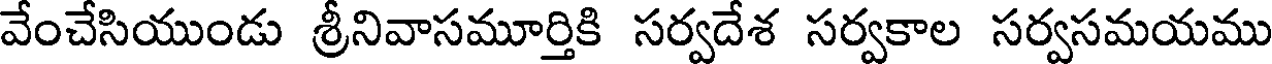
వేంచేసియుండు శ్రీనివాసమూర్తికి సర్వదేశ సర్వకాల సర్వసమయము